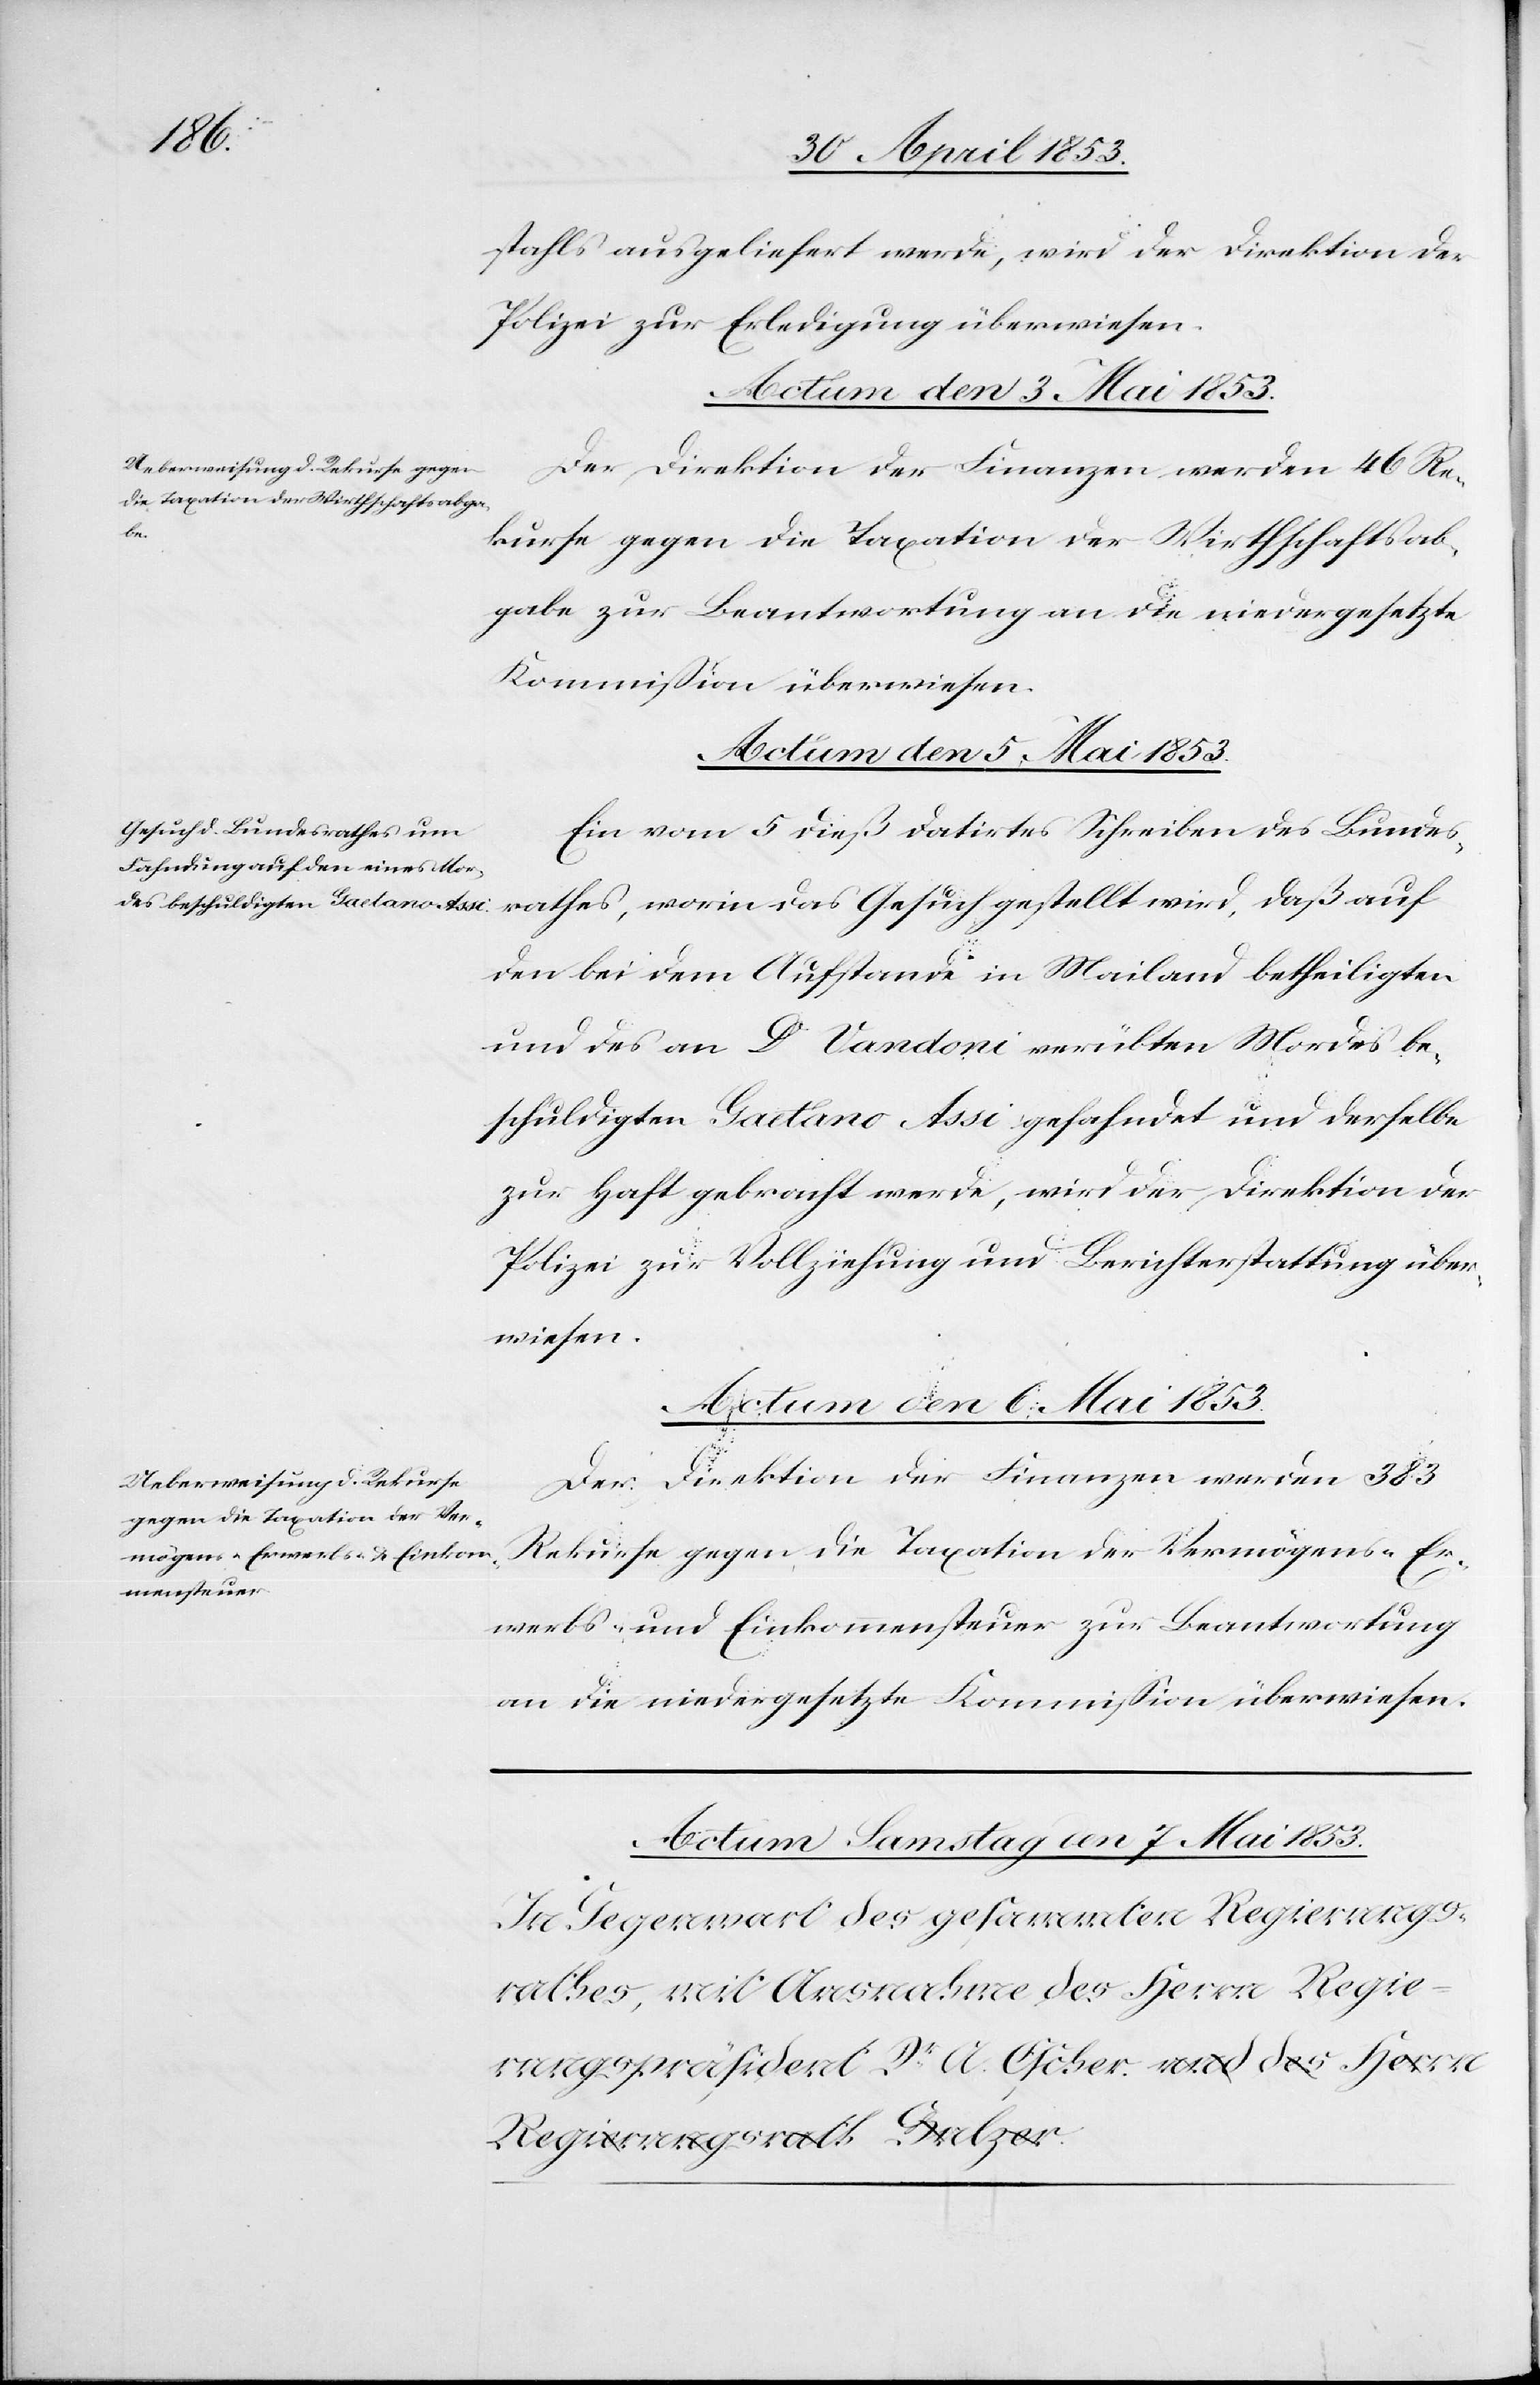
stahls ausgeliefert werde, wird der Direktion der
Polizei zur Erledigung überwiesen.
Der Direktion der Finanzen werden 46 Re¬
kurse gegen die Taxation der Wirthschaftsab¬
gabe zur Beantwortung an die niedergesetzte
Kommißion überwiesen.
Actum den 5 Mai 1853.
Ein vom 5 dieß datirtes Schreiben des Bundes¬
rathes, worin das Gesuch gestellt wird, daß auf
den bei dem Aufstand in Mailand betheiligten
und des an Dr. Vardori verübten Mordes be¬
schuldigten Gaetano Assi gefahndet und derselbe
zur Haft gebracht werde, wird der Direktion der
Polizei zur Vollziehung und Berichterstattung über¬
wiesen.
Actum den 6 Mai 1853.
Der Direktion der Finanzen werden 383
Rekurse gegen die Taxation der Vermögens- Er¬
werbes- und Einkommenssteuer zur Beantwortung
an die niedergesetzte Kommißion überwiesen.